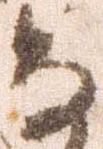
な